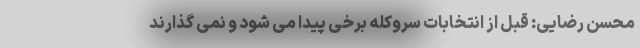
محسن رضایی: قبل از انتخابات سروکله برخی پیدا می شود و نمی گذارند